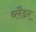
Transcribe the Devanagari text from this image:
ब्‍लैडर